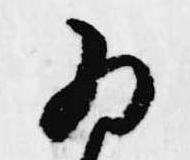
為